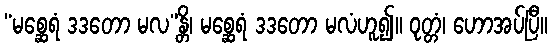
“မစ္ဆေရံ ဒဒတော မလ”န္တိ၊ မစ္ဆေရံ ဒဒတော မလံဟူ၍။ ဝုတ္တံ၊ ဟောအပ်ပြီ။